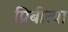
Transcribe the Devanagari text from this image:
प्रिबीत्या